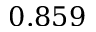
0 . 8 5 9